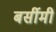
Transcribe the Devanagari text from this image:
बर्सीमी